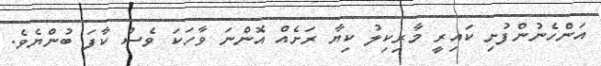
އަންހެނުންފުށި ކައިރީ މާރިކިލު ކިޔާ ރަށެއް އޮންނަ ވާހަކަ ވެސް ކާފަ ބުންޔެވެ.